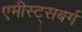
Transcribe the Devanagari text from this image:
एमीस्ट्सबर्ग